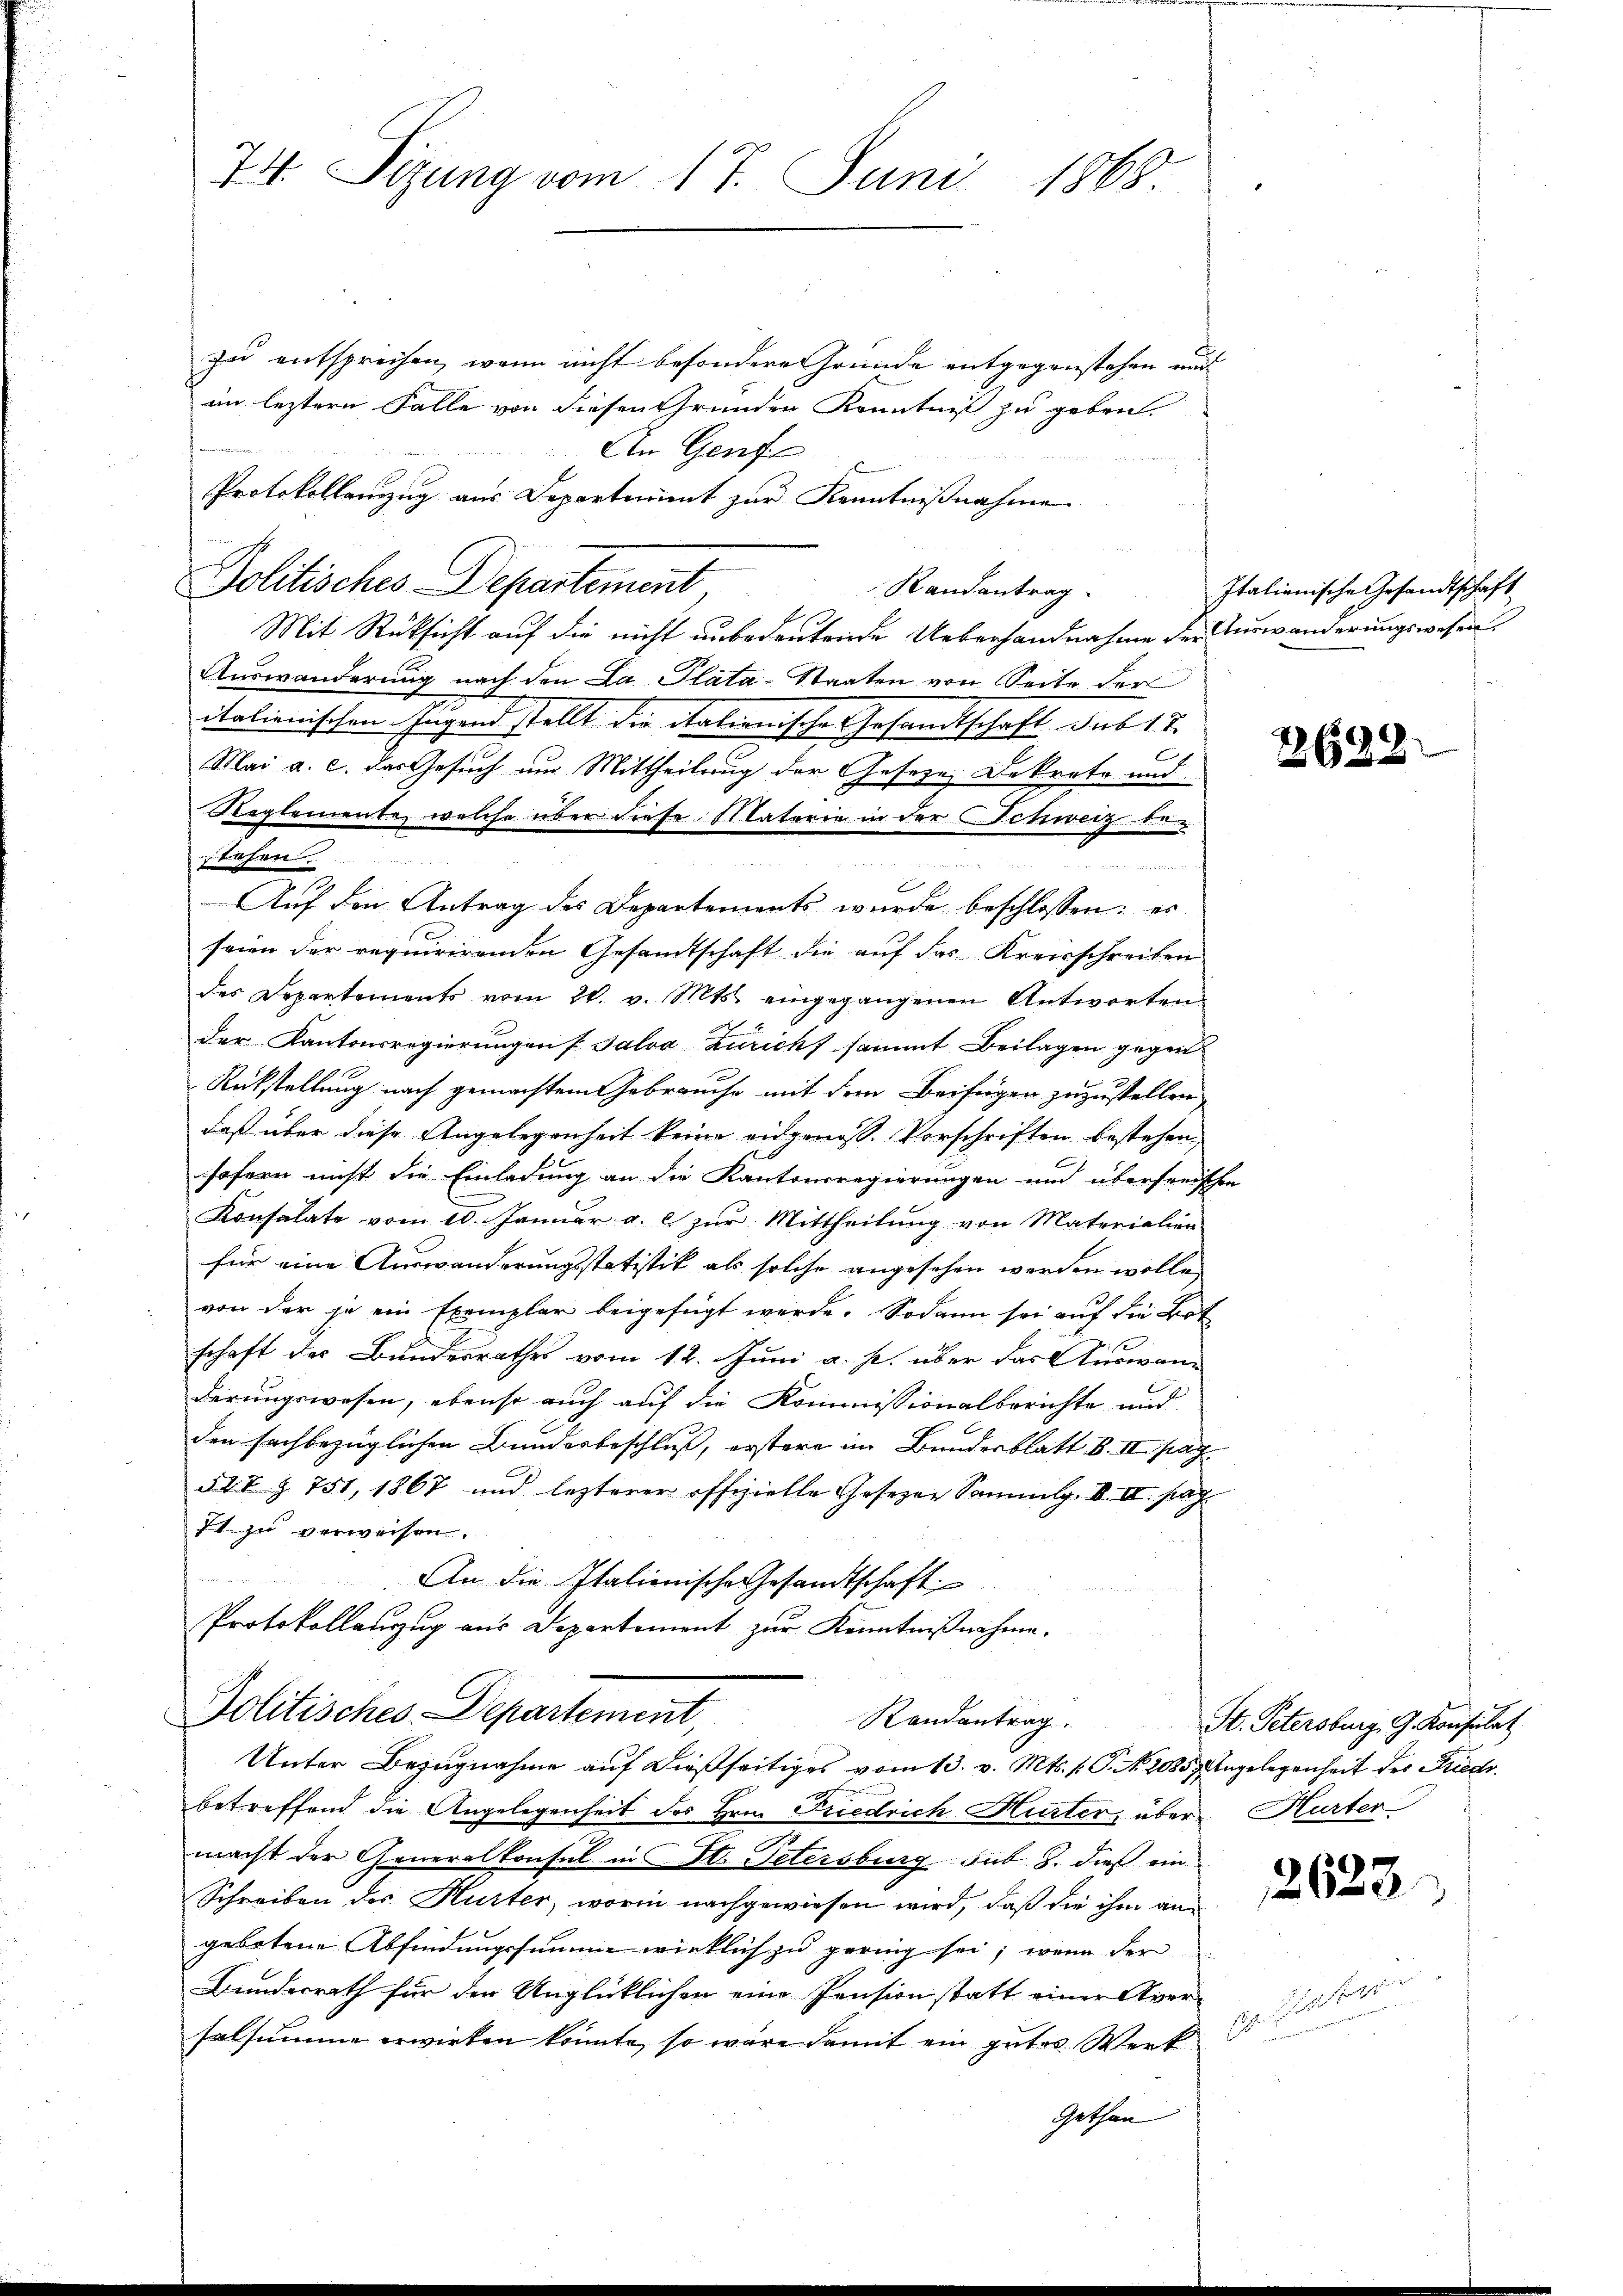
74. Sizung vom 17. Juni 1868

zu entsprechen, wenn nicht besondere Gründe entgegenstehen und
im leztern Falle von diesen Grunden Kenntniß zu geben.
Mit Rüksicht auf die nicht unbedeutende Ueberhandnahme der Auswanderungswesen
Auswanderung nach den La Plata-Staaten von Seite der
itationischen Ingend stellt die italienische Gesandtschaft sub 12.
Mai a. c. das Gesuch um Mittheilung der Gesetze Dekrete und
Reglemente, welche über diese Materie in der Schweiz be-

t
Auf den Antrag des Departements wurde beschlossen: es
seien der requirirenden Gesandtschaft die auf das Kreisschreiben
des Departements vom 20. v. Mts. eingegangenen Antworten
der Kantonsregierungen Salva Züricht sammt Beilagen gegen
Rückstellung nach gemachtem Gebrauche mit dem Beifügen zuzustellen,
daß über diese Angelegenheit keine eidgenoß. Vorschriften bestehen
sofern nicht die Einladung an die Kantonsregierungen und überseeischen
Konsulate vom 10. Janŭar a. c. zŭr Mittheilŭng von Materialien
für eine Auswanderungsstatistik als solche angesehen werden wolle,
von der je ein Exemplar beigefügt werde. Sodann sei auf die Bot
F
schaft des Bundesrathes vom 12. Juni a. p. über das Auswanderungswesen, ebenso auch auf die Kommissionalberichte und
den sachbezüglichen Bundesbeschluß, erstere im Bundesblatt b. II pag.
547 § 751, 1867 und lezterer offizielle Gesetzer Sammlg. VI. II. pag.
It zu verweisen.

An die Italienische Gesandtschaft
Protokollanzug aus Departement zur Kenntnißnahme.

An Genf
Protokollenzug aus Departerient zur Kenntnißnahme
Politisches Departement

tehen

Randantrag

Politisches Departement,

Unter Bezugnahme auf dießseitiges vom 13. v. Mts. f. P. Nr. 2085, Angelegenheit der Friedr
betreffend die Angelegenheit des Hrrn. Friedrich Hurter über Hurter
macht der Generalkonsul in W. Petersburg-Sub. 8. dieß ein
Schreiben des Hutter, worin nachgewiesen wird, daß die ihm angebotene Abfindungssumme wirklich zu gering sei; wenn der
Bunderrath für den Unglücklichen eine Pension statt einer Aversalsumme erwirken könnte, so wäre damit ein gutes Werk dari
Gethan

Italienische Gesandtschaft

2638.

Randantrag. St. Petersburg, G. Konsulat

2623